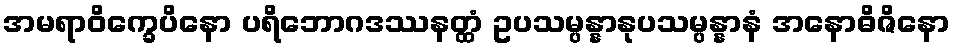
အမရာဝိက္ခေပိနော ပရိဘောဂဒဿနတ္ထံ ဥပသမ္ပန္နာနုပသမ္ပန္နာနံ အနောဓိဇိနော